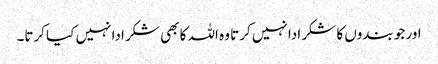
اور جو بندوں کا شکر ادا نہیں کرتا وہ اللہ کا بھی شکر ادا نہیں کیا کرتا۔